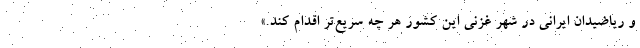
و ریاضیدان ایرانی در شهر غزنی این کشور هر چه سریع‌تر اقدام کند.»